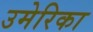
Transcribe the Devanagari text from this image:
उमेरिका